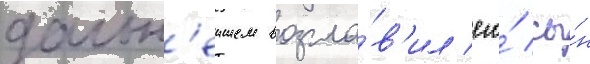
дальн'еишем возгла́в'ил его́ сы́н